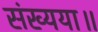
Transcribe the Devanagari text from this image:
संख्यया॥